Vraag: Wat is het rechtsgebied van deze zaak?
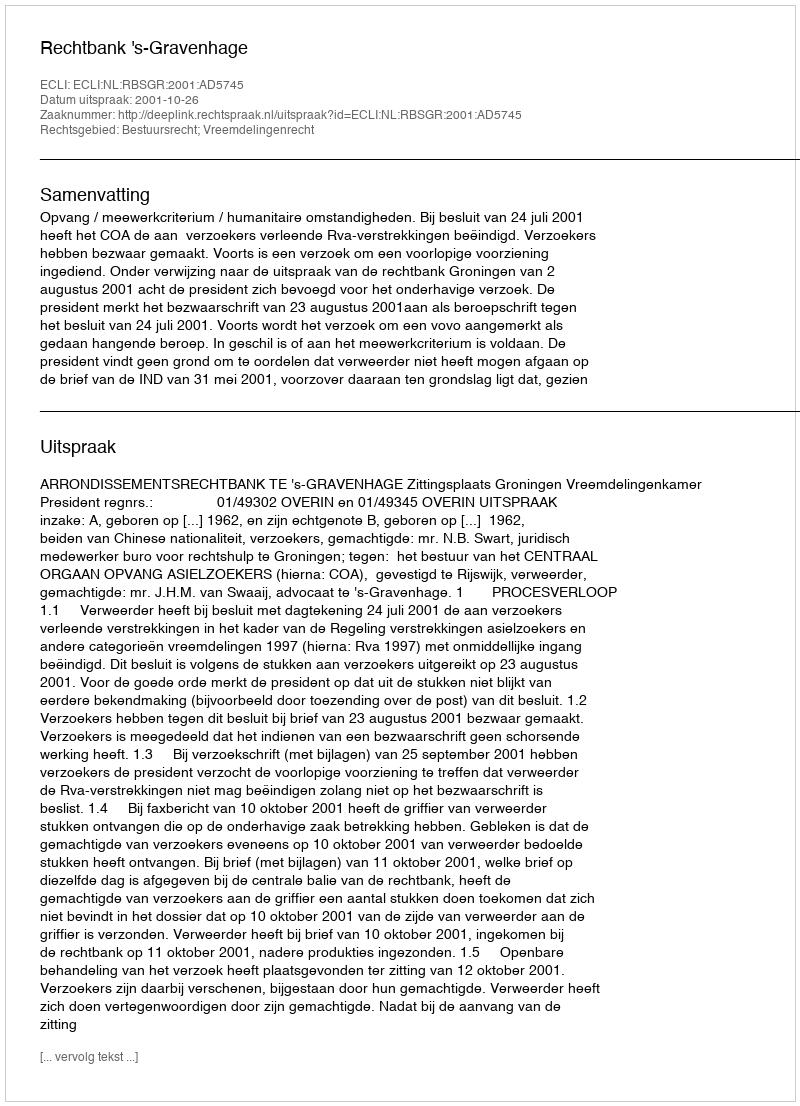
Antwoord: Bestuursrecht; Vreemdelingenrecht